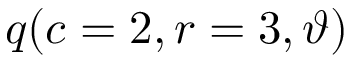
\displaystyle q ( c = 2 , r = 3 , \vartheta )